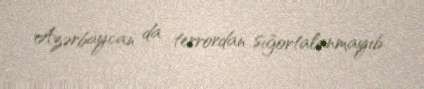
Azərbaycan da terrordan sığortalanmayıb.